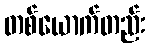
တစ်ယောက်တည်း